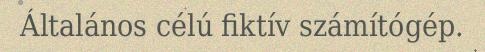
Általános célú fiktív számítógép.